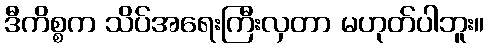
ဒီကိစ္စက သိပ်အရေးကြီးလှတာ မဟုတ်ပါဘူး။